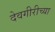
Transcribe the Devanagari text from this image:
देवगीरीच्या